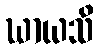
ဃာယသိ